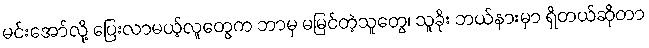
မင်းအော်လို့ ပြေးလာမယ့်လူတွေက ဘာမှ မမြင်တဲ့သူတွေ၊ သူခိုး ဘယ်နားမှာ ရှိတယ်ဆိုတာ